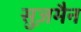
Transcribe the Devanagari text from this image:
सुज़मैन